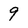
Character: 9